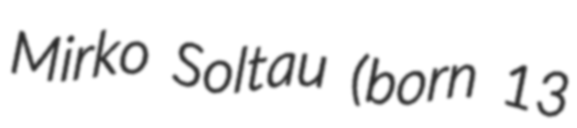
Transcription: Mirko Soltau (born 13